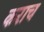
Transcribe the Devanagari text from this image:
कराच